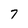
Character: 7